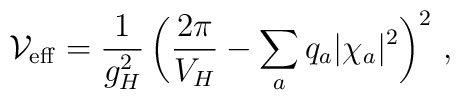
{\cal V}_{\rm eff}={1\over g_H^2}\, \bigg({2\pi\over V_H}-\sum_a q_a|\chi_a|^2\bigg)^2\ ,